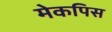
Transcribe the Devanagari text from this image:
मेकपिस